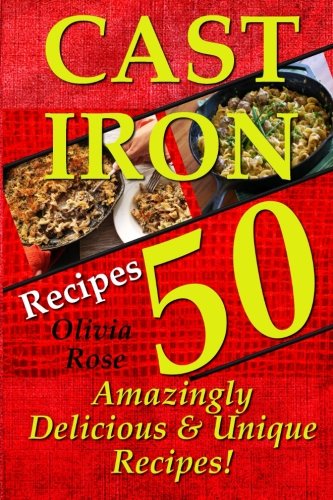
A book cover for Cast Iron Recipes - 50 Amazingly Delicious & Unique Recipes (Cast Iron Cookbook, Cast Iron Cooking); Olivia Rose; Cookbooks, Food & Wine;